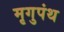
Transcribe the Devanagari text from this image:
मृगुपंथ